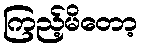
ကြည့်မိတော့